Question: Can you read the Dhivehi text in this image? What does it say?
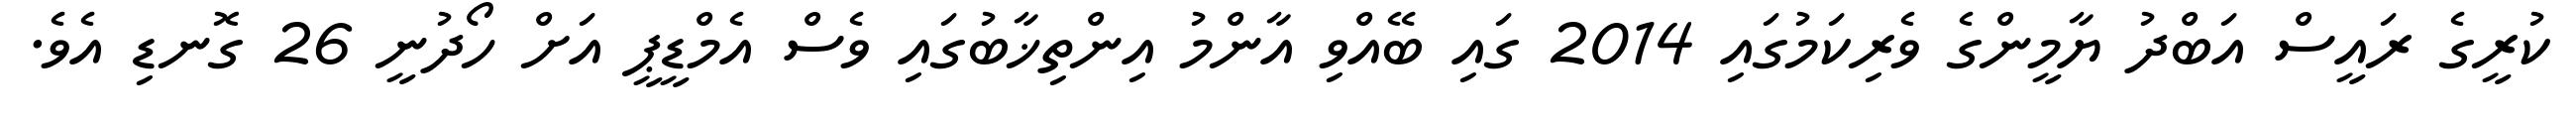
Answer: ކުރީގެ ރައީސް އަބްދު ޔާމީންގެ ވެރިކަމުގައި 2014 ގައި ބޭއްވި އާންމު އިންތިޚާބުގައި ވެސް އެމްޑީޕީ އަށް ހޯދުނީ 26 ގޮނޑި އެވެ.